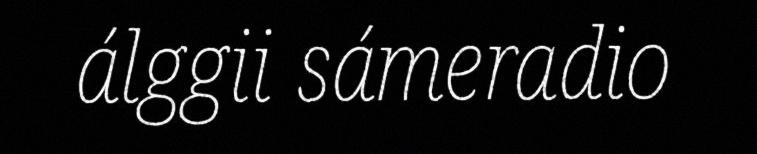
álggii sámeradio